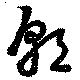
朝